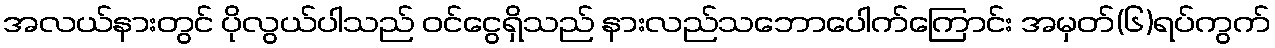
အလယ်နားတွင် ပိုလွယ်ပါသည် ဝင်ငွေရှိသည် နားလည်သဘောပေါက်ကြောင်း အမှတ်(၆)ရပ်ကွက်